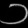
Digit: ၁